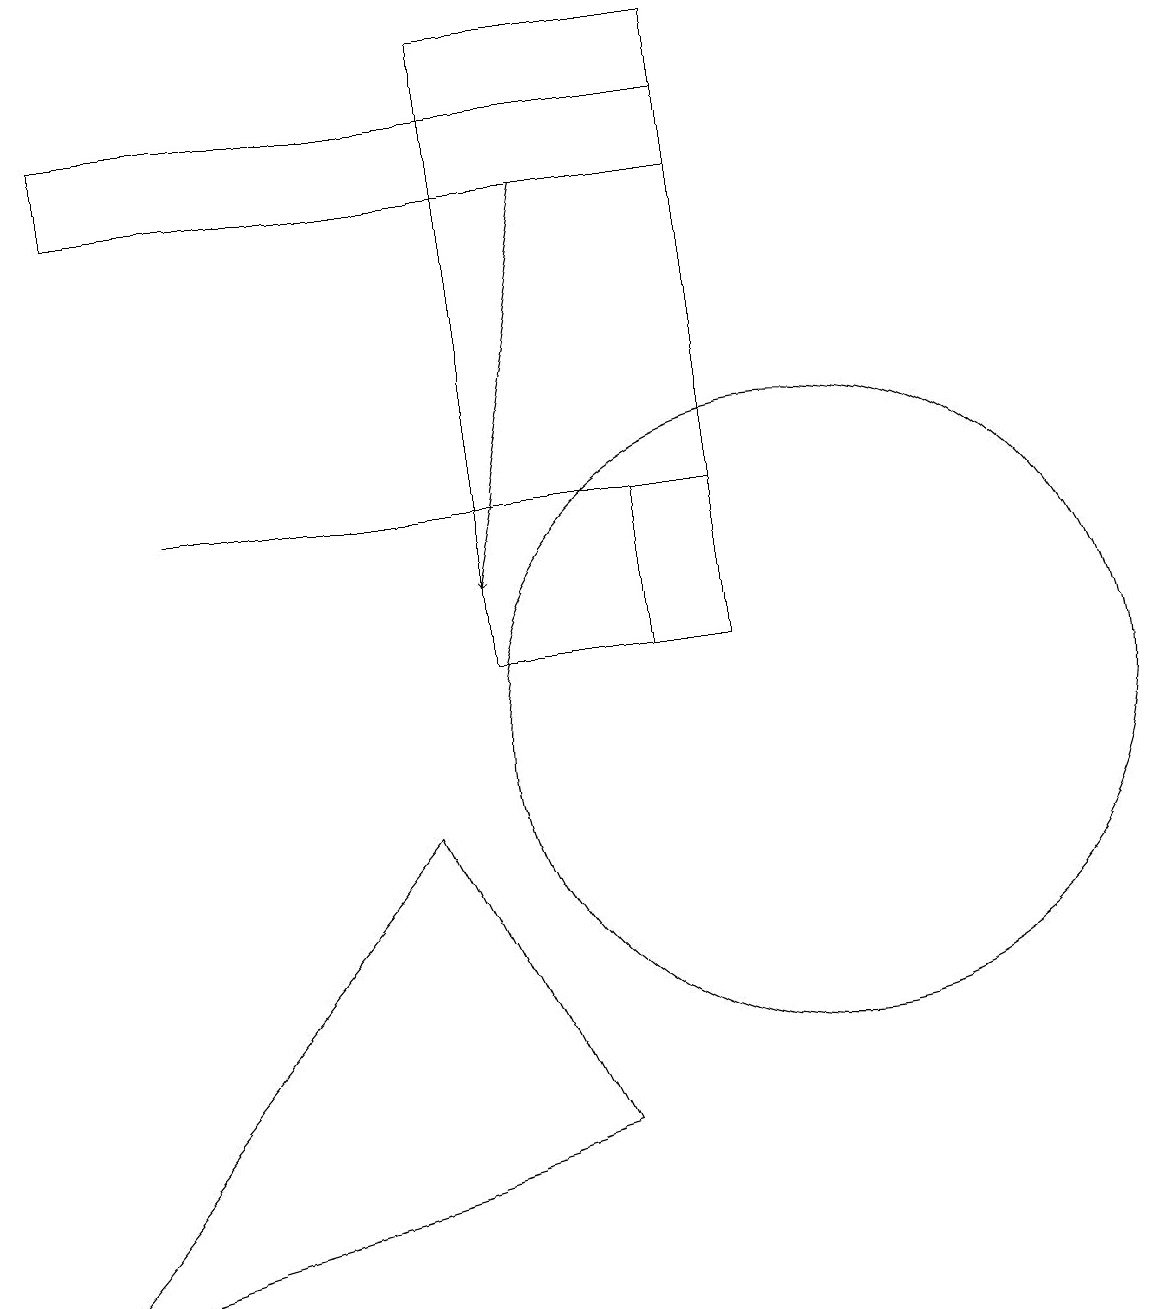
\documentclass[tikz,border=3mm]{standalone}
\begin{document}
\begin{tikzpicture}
\draw (0,3) -- (7,5) -- (5,9) -- cycle;
\draw (9,17) rectangle (1,18);
\draw (9,11) rectangle (6,19);
\draw (11,11) circle (0);
\draw (8,13) rectangle (9,11);
\draw[->] (7,17) -- (6,12);
\draw (10,10) circle (4);
\draw (2,13) rectangle (8,13);
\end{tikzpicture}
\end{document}